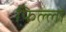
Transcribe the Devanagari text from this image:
फिल्लो